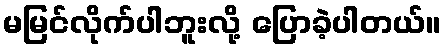
မမြင်လိုက်ပါဘူးလို့ ပြောခဲ့ပါတယ်။